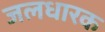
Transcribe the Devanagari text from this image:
जलधारक